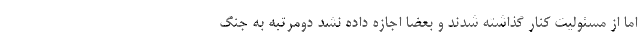
اما از مسئولیت کنار گذاشته شدند و بعضا اجازه داده نشد دومرتبه به جنگ